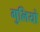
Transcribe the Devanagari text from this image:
गुलियो